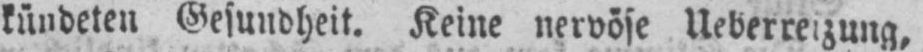
kündeten Gesundheit. Keine nervöse Ueberreizung,